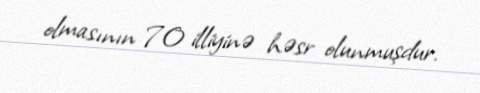
olmasının 70 illiyinə həsr olunmuşdur.